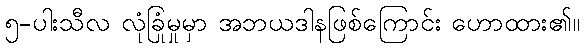
၅-ပါးသီလ လုံခြုံမှုမှာ အဘယဒါနဖြစ်ကြောင်း ဟောထား၏။